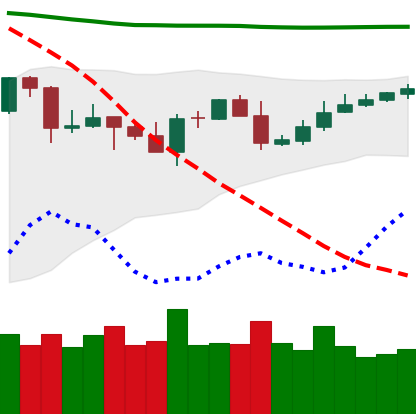
Ticker: XRP-USD
Chart end date: 2020-04-27
Forward return: 13.1%
Label: up_7plus